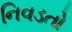
નિવડતો